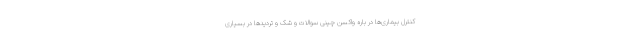
کنترل بیماری‌ها در باره واکسن چینی سوالات و شک و تردیدها در بسیاری